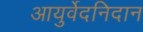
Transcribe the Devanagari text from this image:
आयुर्वेदनिदान